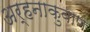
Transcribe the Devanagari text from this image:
अर्हनाकुवाण